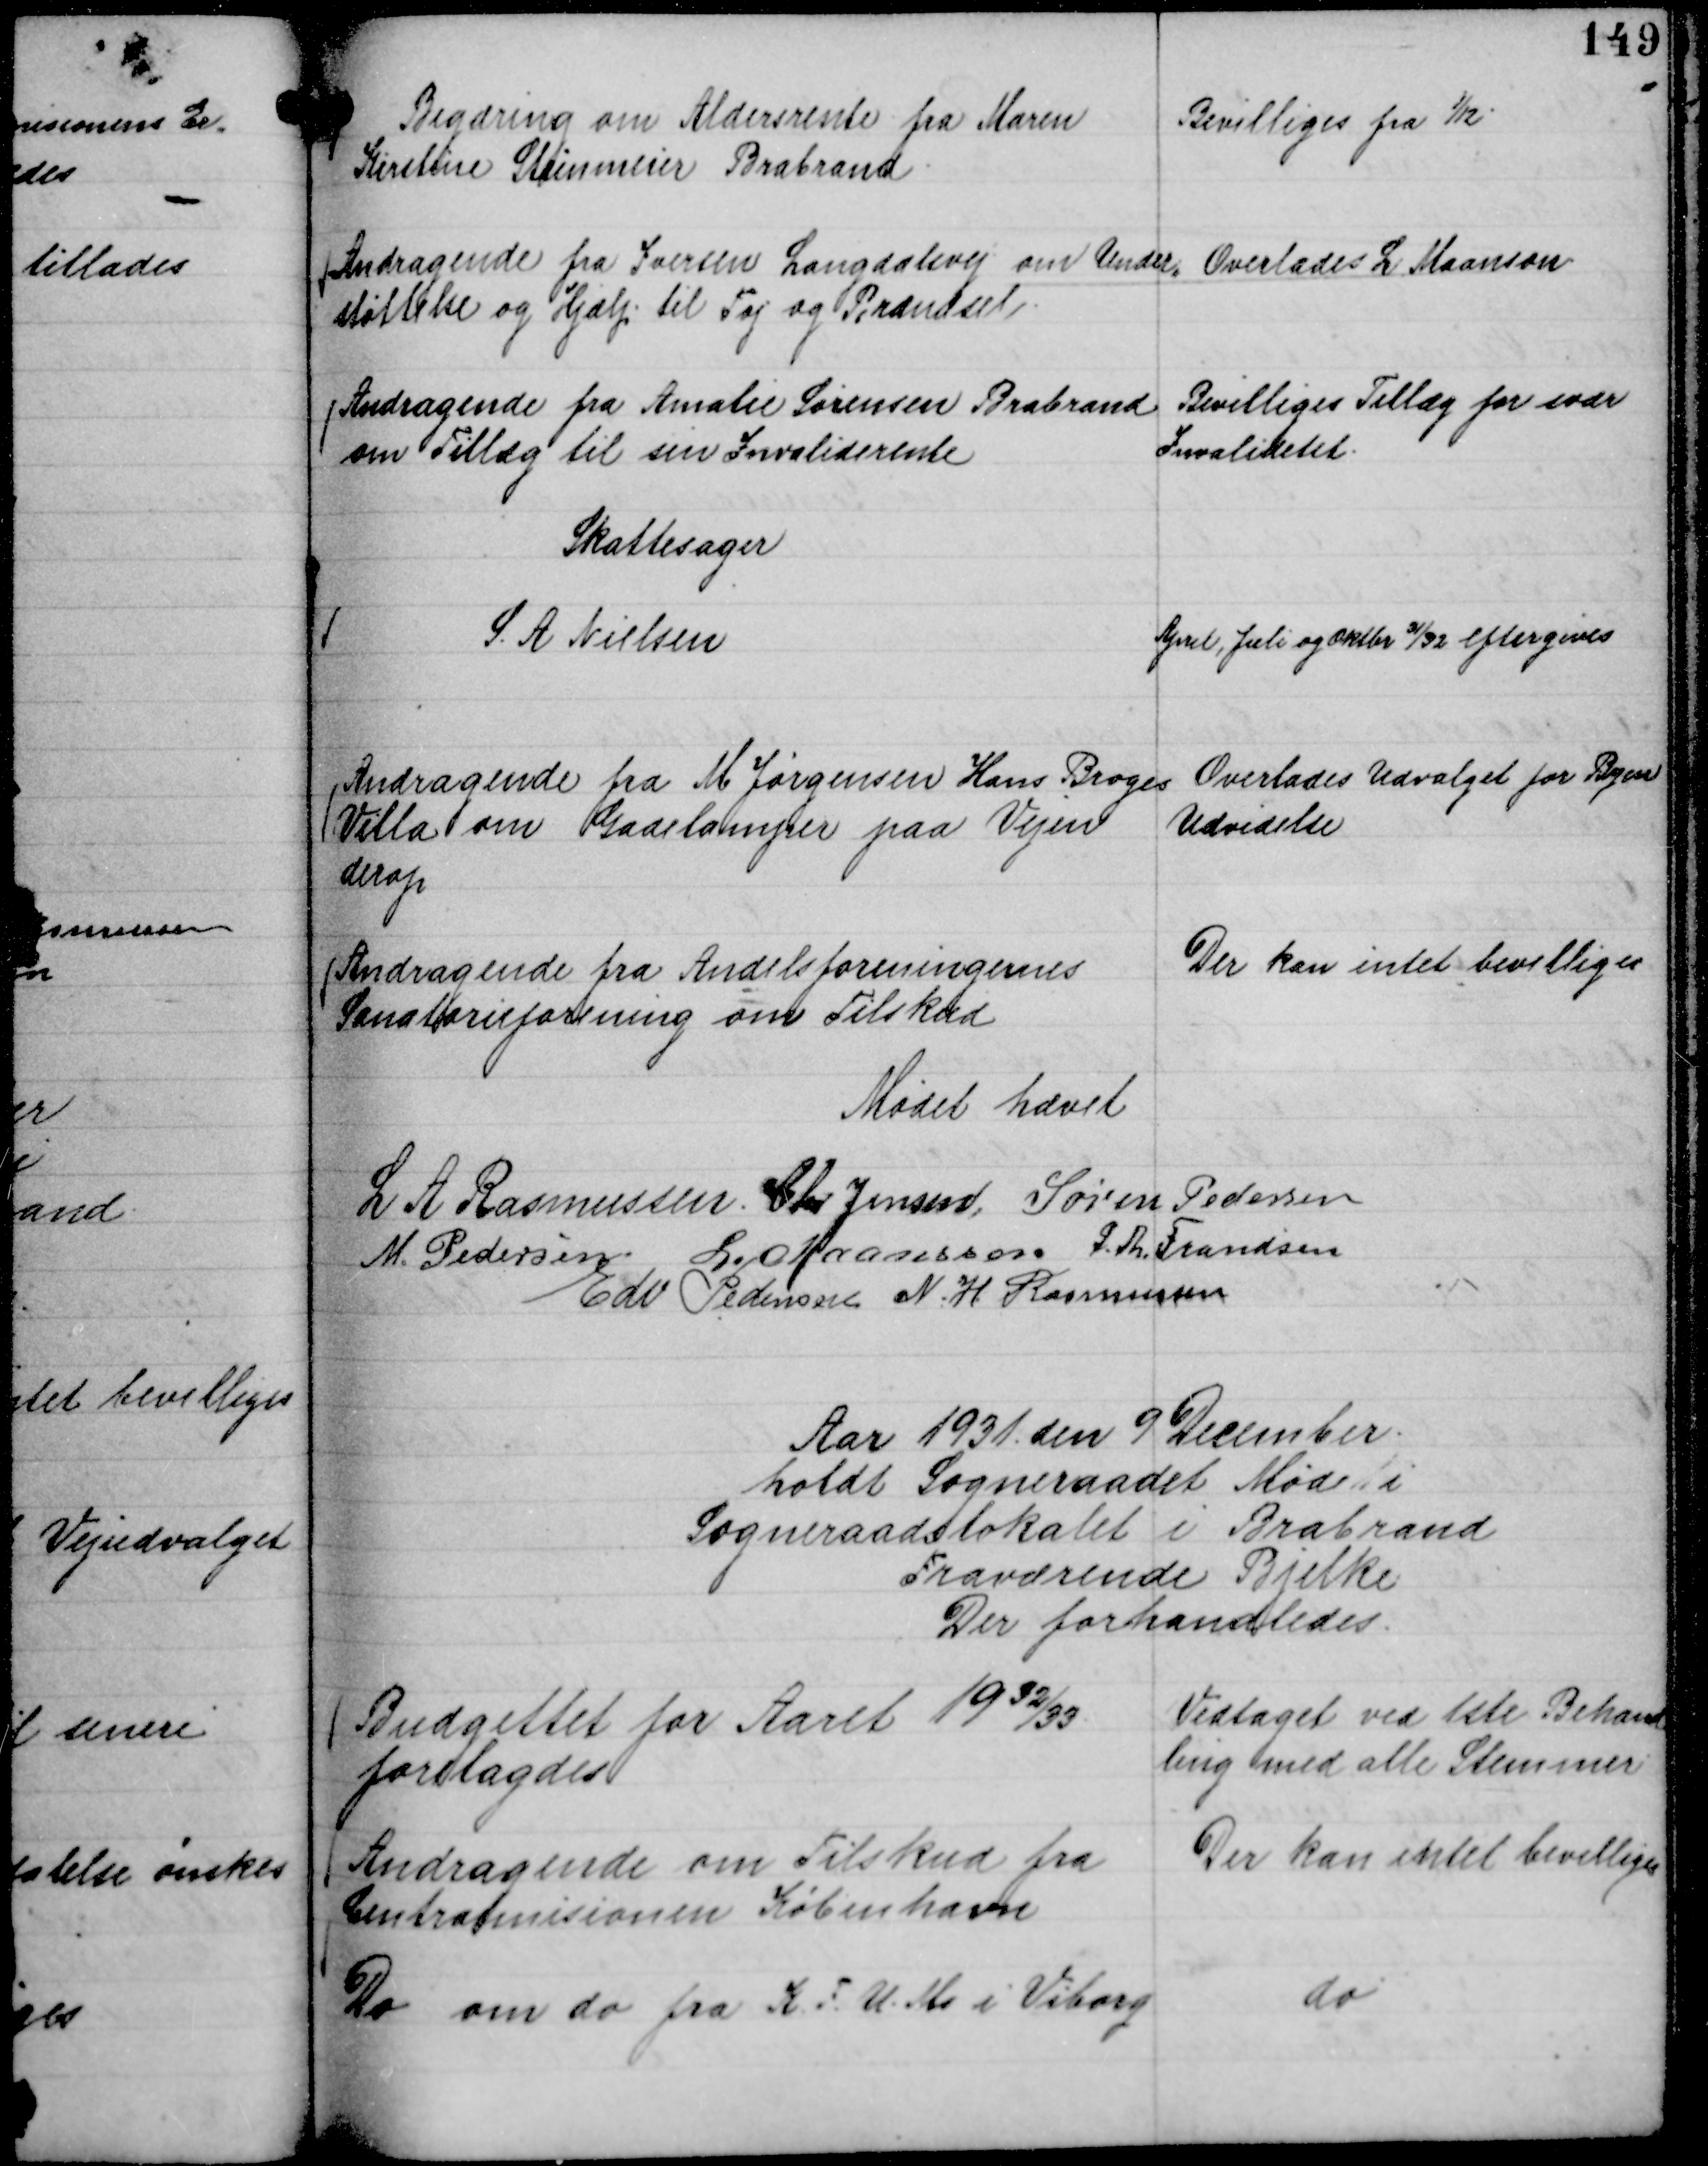
Transskription:
Begæring om Aldersrente fra Maren
Kirstine Steinmeier Brabrand.

Bevilliges fra

1/12.

Andragende fra Iversen Langdalsvej om Under,,
støttelse og Hjælp til Tøj og Brændsel.

Overlades L Maanson

Andragende fra Amalie Sørensen Brabrand
om Tillæg til sin Invaliderente

Bevilliges Tillæg for svær
Invaliditet.

Skattesager
S. A Nielsen
April, Juli og Oktbr 31/32 eftergives

Andragende fra M Jørgensen Hans Broges
Villa om Gadelamper paa Vejen
derop

Overlades Udvalget for Byen
Udvidelse

Andragende fra Andelsforeningernes
Sanatorieforening om Tilskud

Der kan intet bevilliges

Mødet hævet
L A Rasmussen.
Chr Jensen
Søren Pedersen
M. Pedersen
L. Maansson
P. Th. Frandsen
Edv Pedersen
N. H. Rasmussen

Aar 1931. den 9 December.
holdt Sogneraadet Møde i
Sogneraadslokalet i Brabrand
Fraværende Bjelke
Der forhandledes.

Budgettet for Aaret 1932/33


forelagdes

Vedtaget ved 1ste Behand
ling med alle Stemmer

Andragende om Tilskud fra
Centralmisionen København

Der kan intet bevilliges

Do om do fra K. F. U. M. i Viborg

do